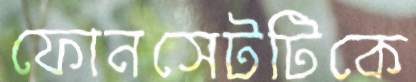
ফোনসেটটিকে